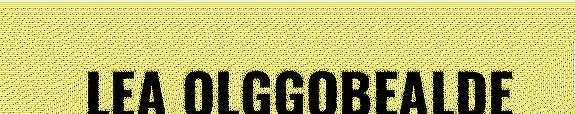
LEA OLGGOBEALDE